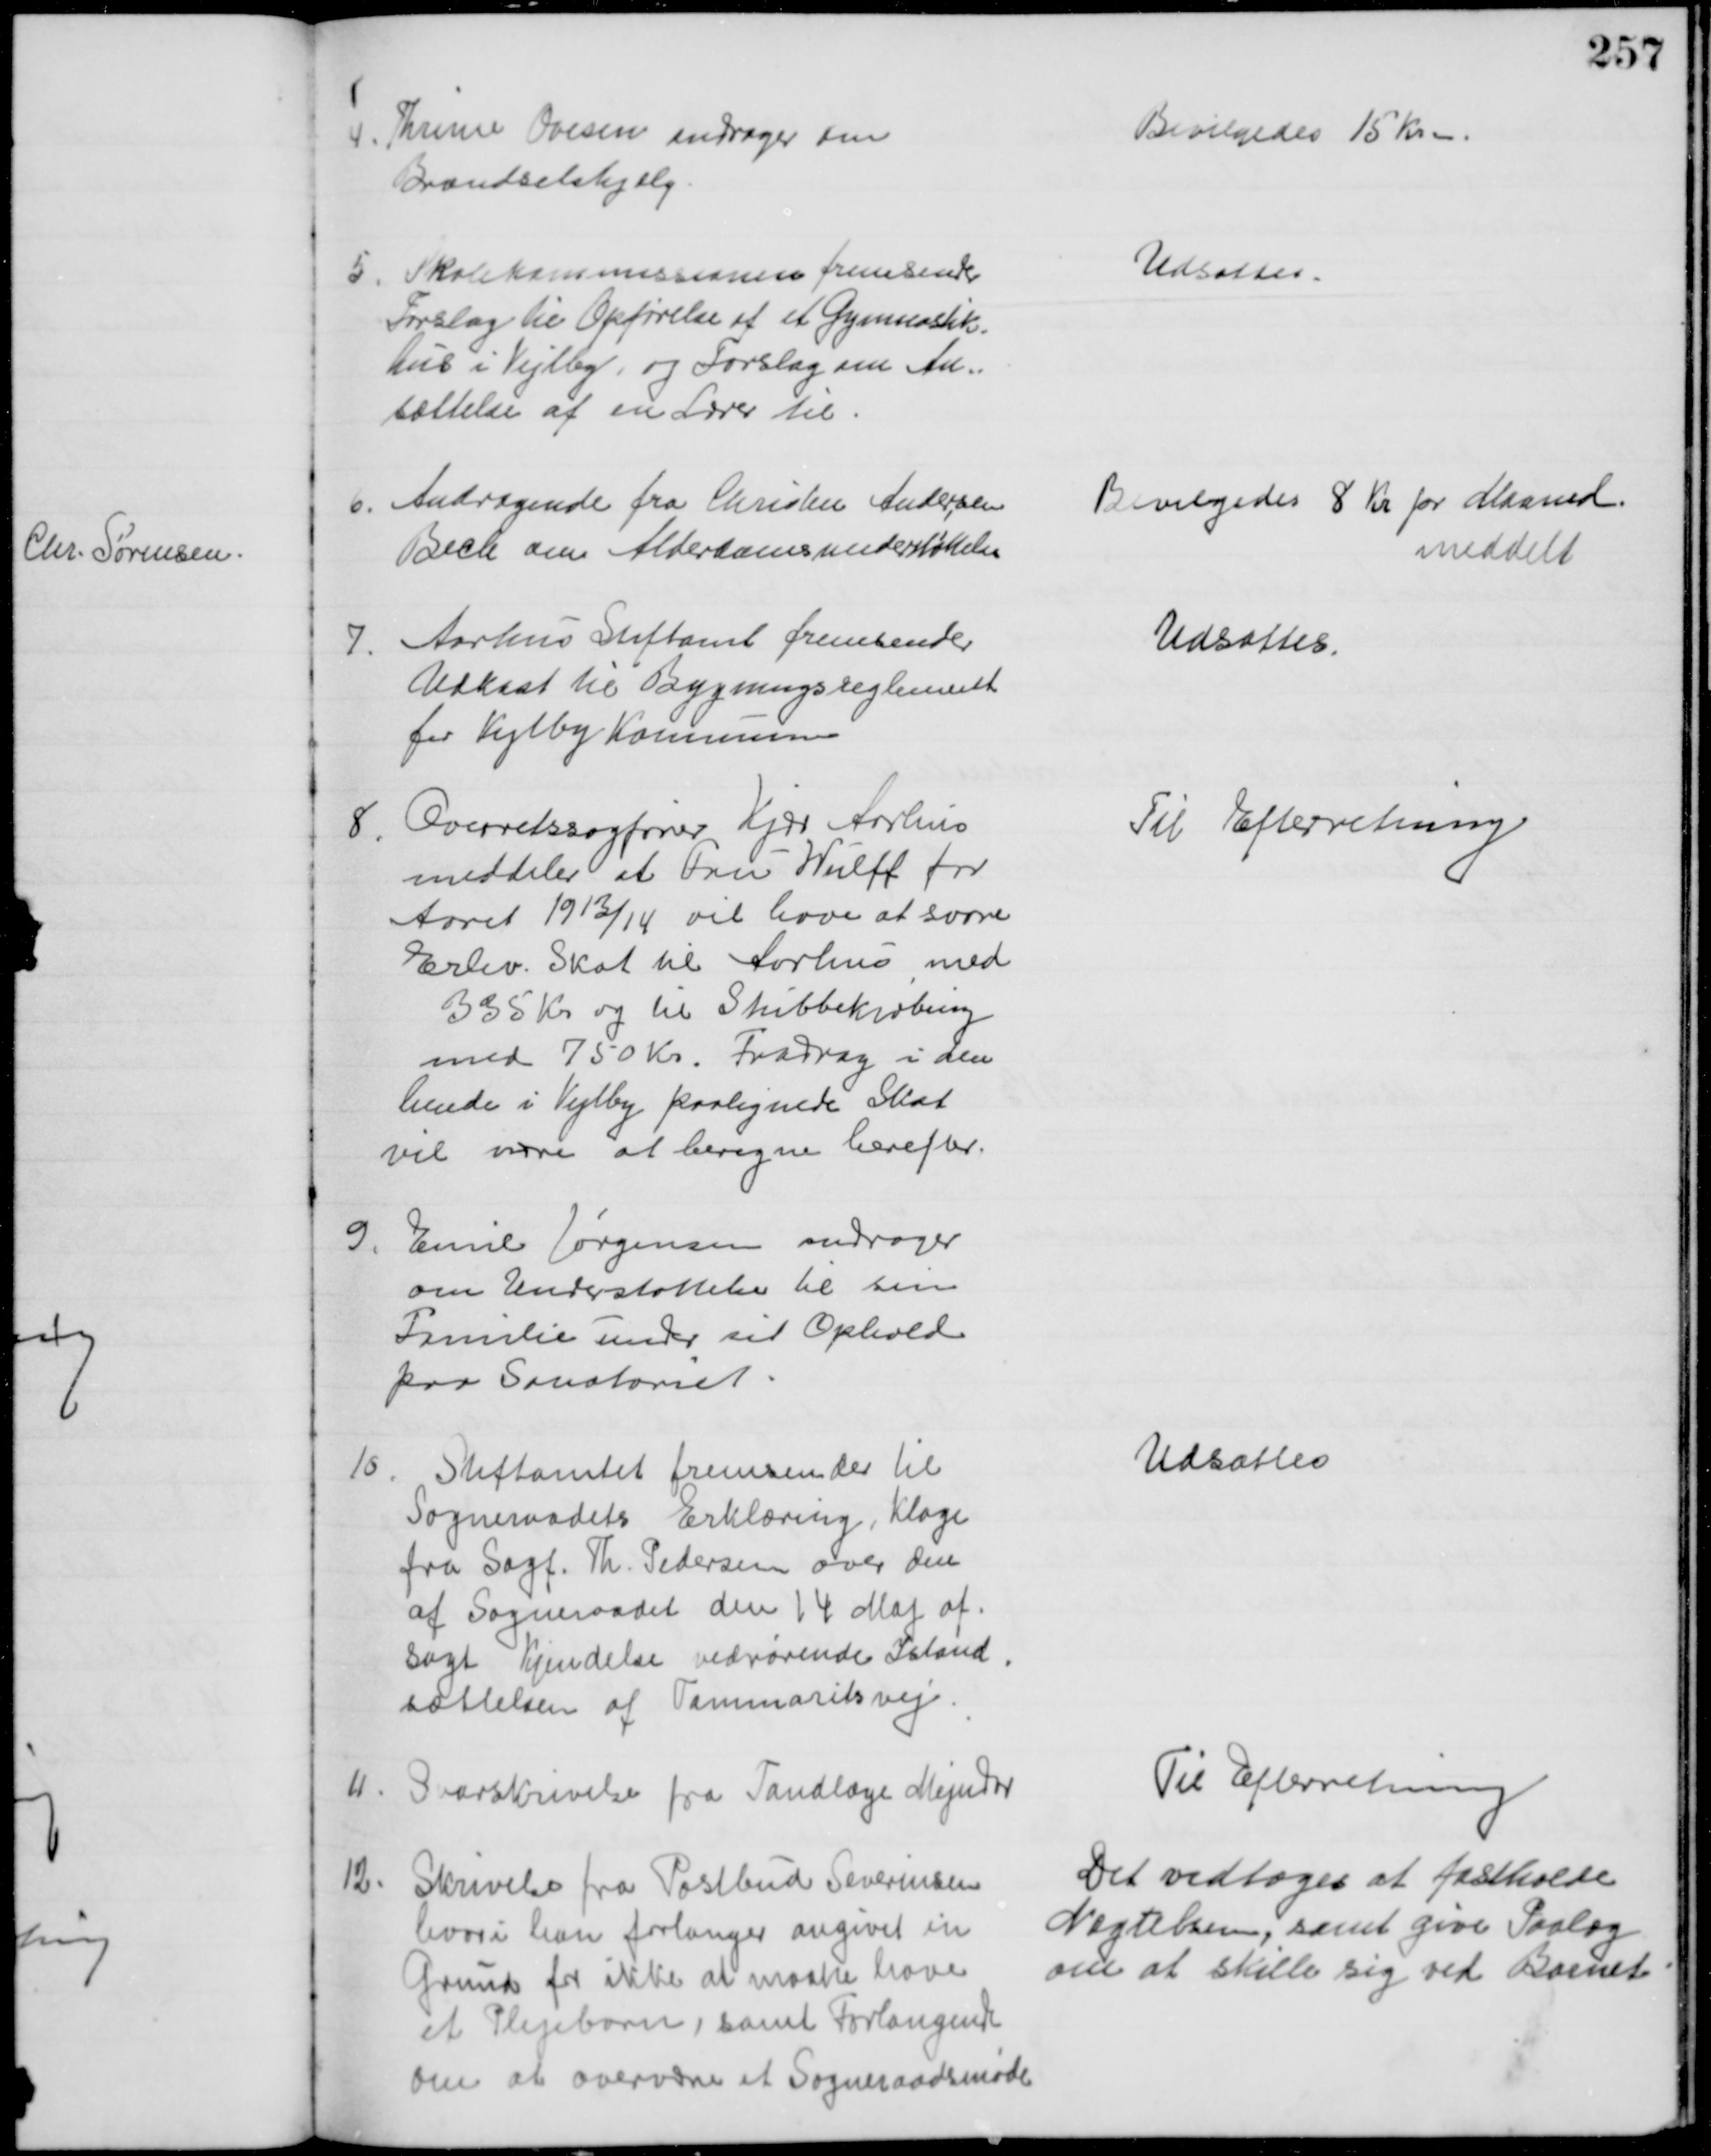
Transskription:
4. Thrine Ovesen andrager om
Brændselshjælp
Bevilgedes 15 Kr.
5
Skolekommissionen fremsender
Forslag til Opførelse af et Gymnastik-
hus i Vejlby, og Forslag om An=
sættelse af en Lærer til
Udsattes.
6. Andragende fra Christen Andersen
Bech om Alderdomsunderstøttelse
Bevilgedes 8 Kr pr Maaned.
meddelt
7.
Aarhus Stiftamt fremsender
Udkast til Bygningsreglement
for Vejlby Kommune
Udsattes.
8
Overretssagfører Kjær Aarhus
meddeler at Fru Wulff for
Aaret 1913/14 vil have at svare
Erhv. Skat til Aarhus med
335 Kr. og til Stubbekøbing
med 750 Kr. Fradrag i den
hende i Vejlby paalignede Skat
vil være at beregne herefter.
Til Efterretning
9
Emil Jørgensen andrager
om Understøttelse til sin
Familie under sit Ophold
paa Sanatoriet.
10
Stiftamtet fremsender til
Sogneraadets Erklæring, Klage
fra Sagf. Th. Pedersen over den
af Sogneraadet den 14 Maj af-
sagt Kjendelse vedrørende Istand-
sættelsen af Tammaritsvej
Udsattes
11
Svarskrivelse fra Tandlæge Mejndor
Til Efterretning
12
Skrivelse fra Postbud Severinsen
hvori han forlanger angivet en
Grund for ikke at maatte have
et Plejebarn, samt Forlangende
om at overvære et Sogneraadsmøde
Det vedtoges at fastholde 
Nægtelsen, samt give Paalæg
om at skille sig ved Barnet